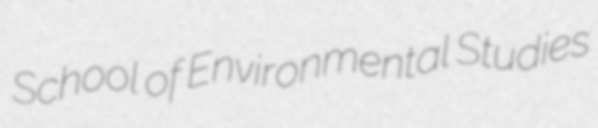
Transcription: School of Environmental Studies